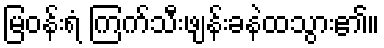
မြဝန်းရံ ကြက်သီးဖျန်းခနဲထသွား၏။